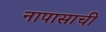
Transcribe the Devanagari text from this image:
नापासाची